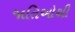
જાતિઓથી